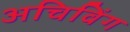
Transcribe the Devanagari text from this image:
अचिविंग